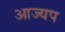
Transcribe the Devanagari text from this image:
आज्यप